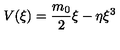
V ( \xi ) = \frac { m _ { 0 } } { 2 } \xi - \eta \xi ^ { 3 }